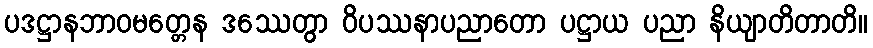
ပဒဋ္ဌာနဘာဝမတ္တေန ဒဿေတွာ ဝိပဿနာပညာတော ပဋ္ဌာယ ပညာ နိယျာတိတာတိ။